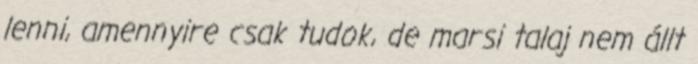
lenni, amennyire csak tudok, de marsi talaj nem állt